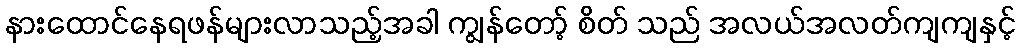
နားထောင်နေရဖန်များလာသည့်အခါ ကျွန်တော့် စိတ် သည် အလယ်အလတ်ကျကျနှင့်